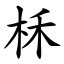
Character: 柇